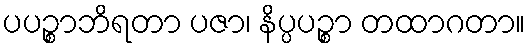
ပပဉ္စာဘိရတာ ပဇာ၊ နိပ္ပပဉ္စာ တထာဂတာ။